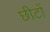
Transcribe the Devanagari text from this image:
छीटों